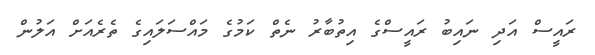
ރައީސް އަދި ނައިބު ރައީސްގެ އިތުބާރު ނެތް ކަމުގެ މައްސަލައިގެ ތެރެއަށް އަލުން